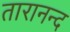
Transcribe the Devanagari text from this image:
तारानन्द